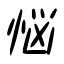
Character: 悩